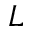
L